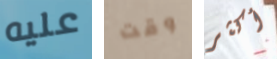
عليه وقت أكثر